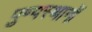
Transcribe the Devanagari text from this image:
पुण्यस्थानों